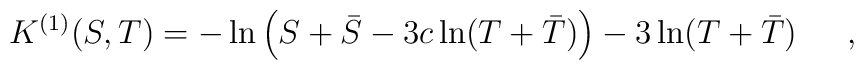
K^{(1)}(S,T) = -\ln \left(S+\bar{S} - 3c \ln (T+\bar{T})\right)- 3\ln (T+\bar{T}) \hspace{5mm} \ ,